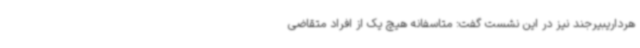
هرداریبیرجند نیز در این نشست گفت: متاسفانه هیچ یک از افراد متقاضی